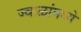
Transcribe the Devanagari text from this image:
ज्वाळांमध्ये